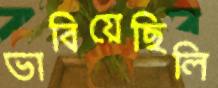
ভাবিয়েছিলি